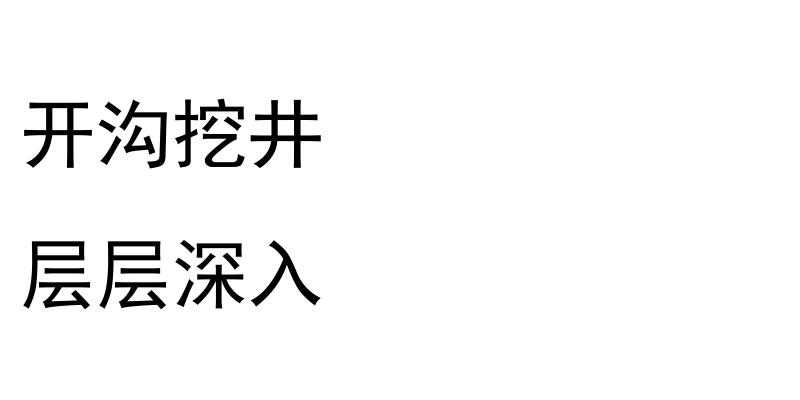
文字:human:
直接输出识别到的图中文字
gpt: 开沟挖井 层层深入